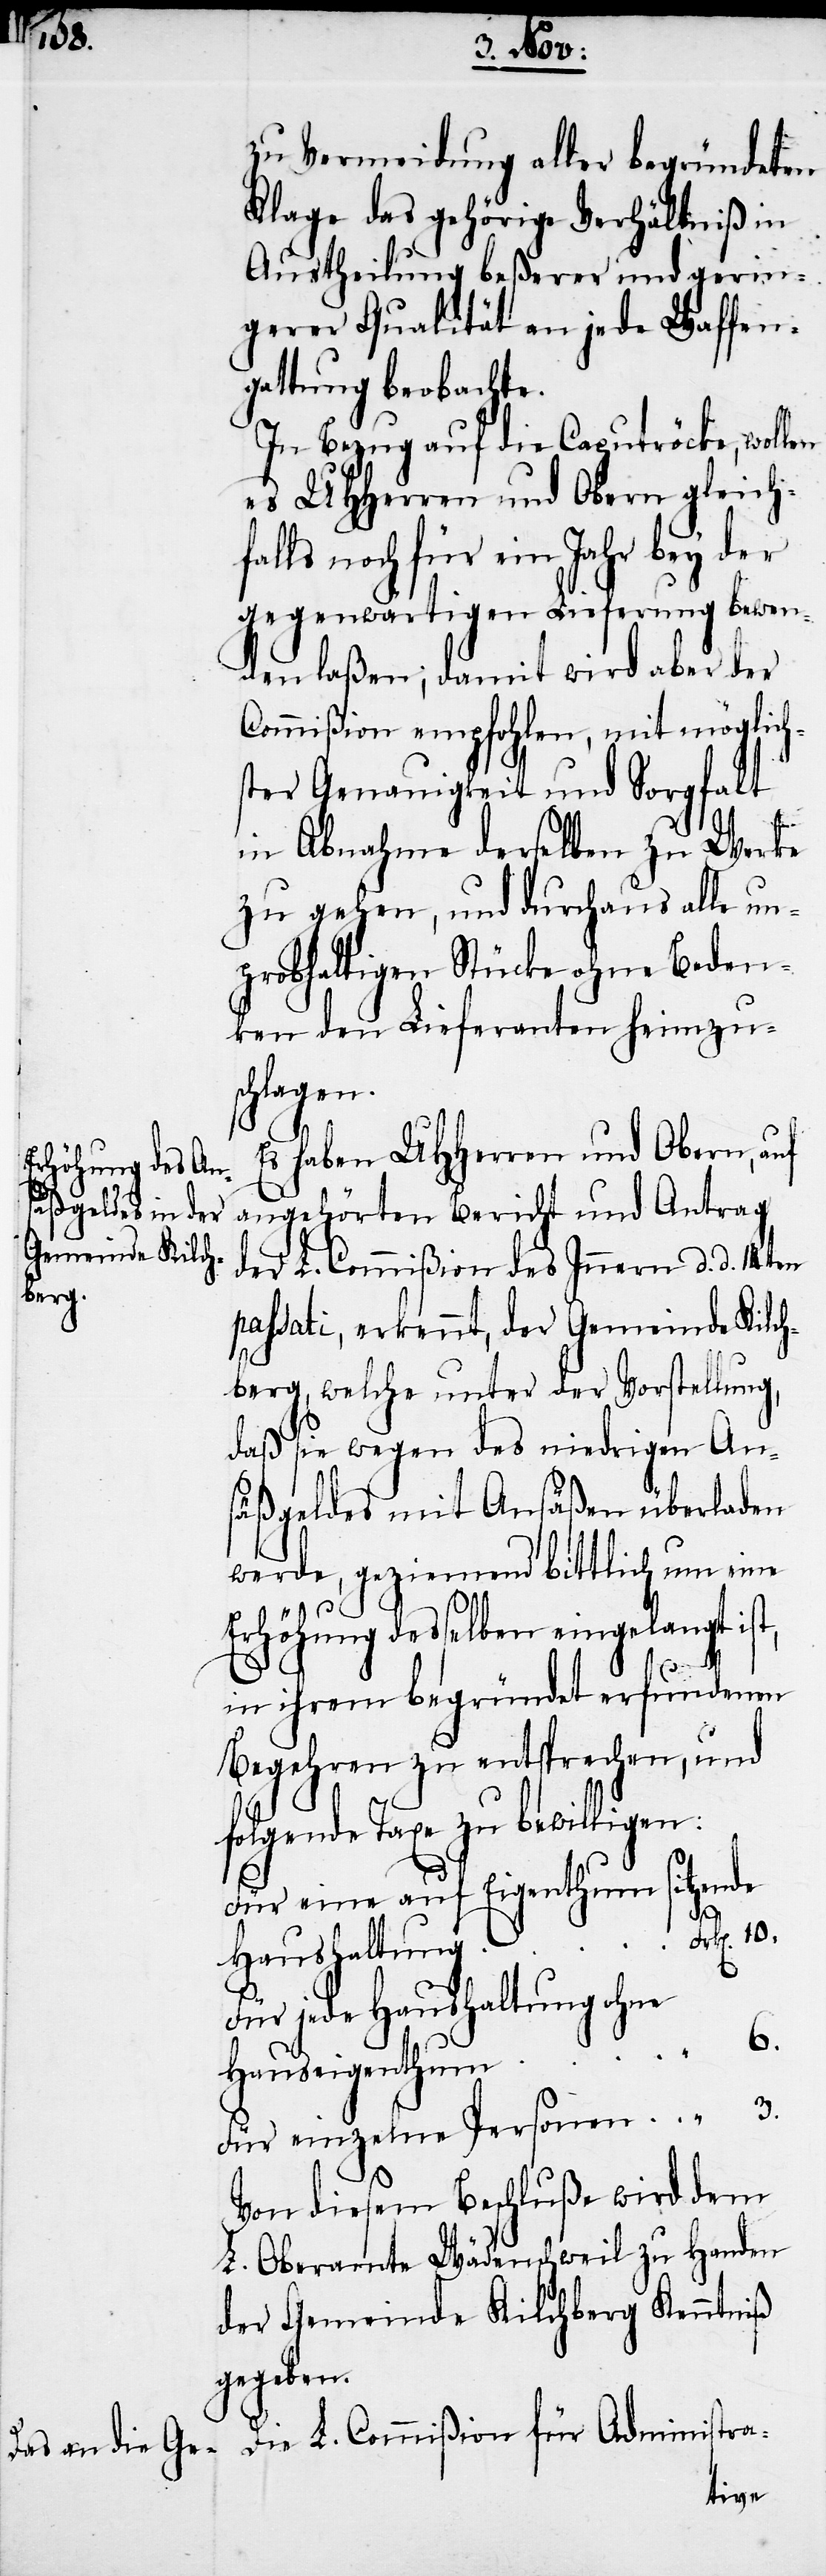
3.

zu Vermeidung aller begründeten
Klage das gehörige Verhältniß in
Austheilung beßerer und gerin¬
gerer Qualität an jede Waffen¬
gattung beobachte.
In Bezug auf die Caputröcke, wollen
es UHHerren und Obern gleich¬
ls noch für ein Jahr bey der
gegenwärtigen Lieferung bewen¬
den laßen; damit wird aber der
Commißion empfohlen, mit möglich¬
ster Genauigkeit und Sorgfalt
für
in Abnahme derselben zu Werke
zu gehen, und durchaus alle un¬
probhaltigen Stücke ohne beden¬
ken den Lieferanten heimzu¬
schlagen.
Es haben UHHerren und Obern, auf
angehörten Bericht und Antrag
der L. Commißion des Innern d. d. 14ten
passati, erkennt, der Gemeinde Kilch¬
berg, welche unter der Vorstellung,
daß sie wegen des niedrigen An¬
säßgeldes mit Ansäßen überladen
werde, geziemend bittlich um eine
Erhöhung desselben eingelangt ist,
in ihrem begründet erfundenen
Begehren zu entsprechen, und
folgende Taxe zu bewilligen:
Für eine auf Eigenthum sitzende
Für jede Haushaltung ohne
“ 6.
Von diesem Beschluße wird dem
L. Oberamte Wädenschweil zu Handen
der Gemeinde Kilchberg Kenntniß
gegeben.